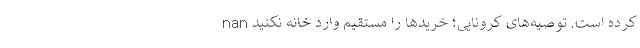
کرده است. توصیه‌های کرونایی؛ خریدها را مستقیم وارد خانه نکنید nan